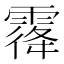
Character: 𱁡